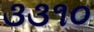
૩૩૧૦